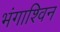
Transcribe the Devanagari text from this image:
भंगाश्विन